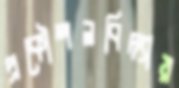
প্রকৌশলবিদ্যায়